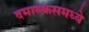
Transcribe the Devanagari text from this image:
दमास्कसमध्ये